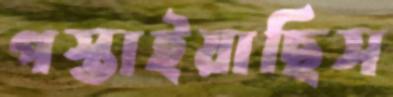
পস্তাইয়াছিস